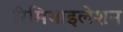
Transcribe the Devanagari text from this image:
रिमिथाइलेशन